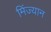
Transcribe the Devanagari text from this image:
मिंज्यान